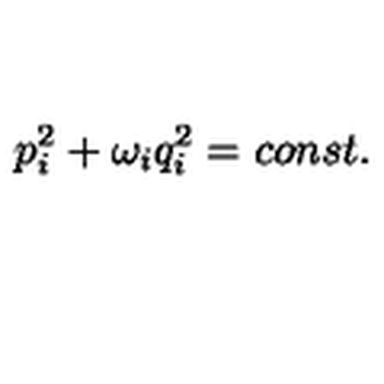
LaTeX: p _ { i } ^ { 2 } + \omega _ { i } q _ { i } ^ { 2 } = c o n s t .